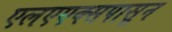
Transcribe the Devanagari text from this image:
एलएएक्सपासून